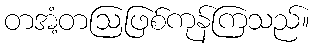
တအံ့တဩဖြစ်ကုန်ကြသည်။